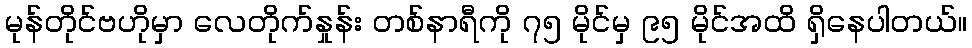
မုန်တိုင်ဗဟိုမှာ လေတိုက်နှုန်း တစ်နာရီကို ၇၅ မိုင်မှ ၉၅ မိုင်အထိ ရှိနေပါတယ်။